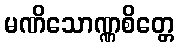
မဏိသောဏ္ဏစိတ္တေ